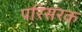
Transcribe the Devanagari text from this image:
परिसरक